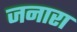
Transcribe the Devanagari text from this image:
जनारा